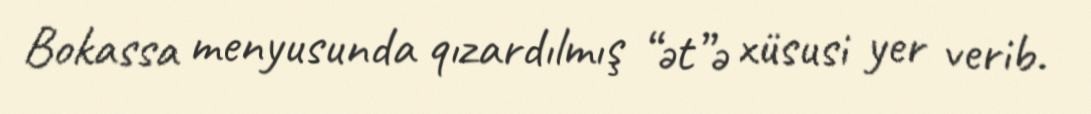
Bokassa menyusunda qızardılmış “ət”ə xüsusi yer verib.